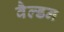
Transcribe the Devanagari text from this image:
वैल्डन